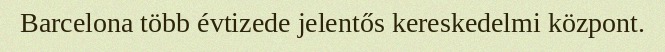
Barcelona több évtizede jelentős kereskedelmi központ.